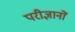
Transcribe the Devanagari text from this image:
परीज्ञानों